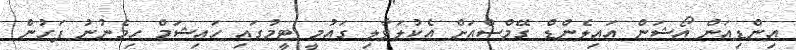
އިންޑިއަން އޯޝަން އައިލެންޑް ގޭމްސްއަށް އެކުލަވާލި ގައުމީ ޓީމުގައި ހައިޝަމް ހިމެނުނު ފަހުން